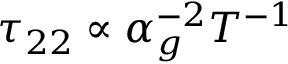
\tau _ { 2 2 } \propto \alpha _ { g } ^ { - 2 } T ^ { - 1 }